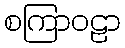
စကြာဝဠာ